Civil Veterinary Department Bengal reports 1933-51 - 1933-1951
Year: 1933
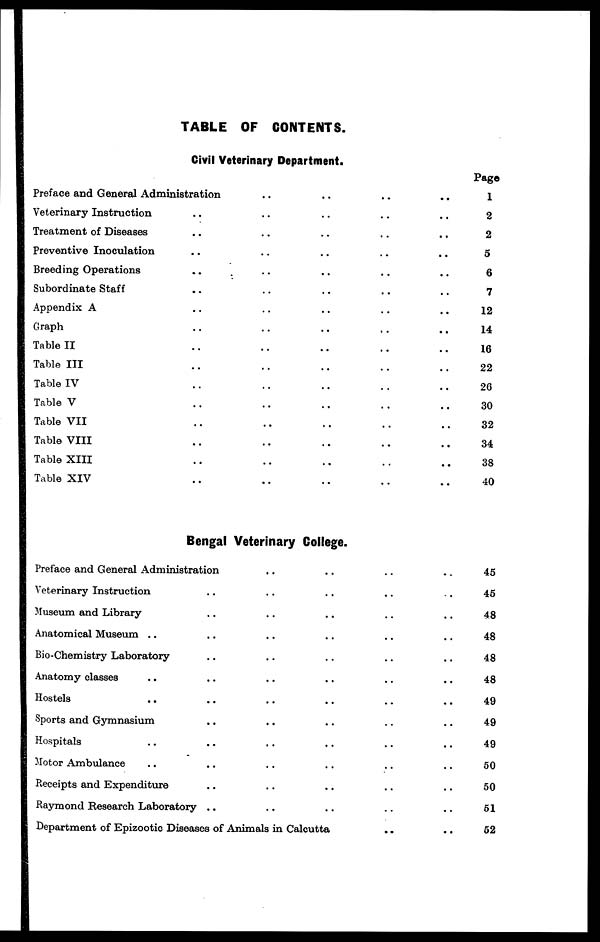
TABLE OF CONTENTS.
Civil Veterinary Department.
Preface and General Administration
..
..
..
..
Veterinary Instruction .. .. .. .. ..
Treatment of Diseases .. .. .. .. ..
Preventive Inoculation .. .. .. .. ..
Breeding Operations .. .. .. .. ..
Subordinate Staff .. .. .. .. ..
Appendix A .. .. .. .. ..
Graph .. .. .. .. ..
Table II .. .. .. .. ..
Table III .. .. .. .. ..
Table IV .. .. .. .. ..
Table V .. .. .. .. ..
Table VII .. .. .. .. ..
Table VIII .. .. .. .. ..
Table XIII .. .. .. .. ..
Table XIV .. .. .. .. ..
Bengal Veterinary College.
Preface and General Administration .. .. .. ..
Veterinary Instruction .. .. .. .. ..
Museum and Library .. .. .. .. ..
Anatomical Museum .. .. .. .. .. ..
Bio-Chemistry Laboratory .. .. .. .. ..
Anatomy classes .. .. .. .. .. ..
Hostels .. .. .. .. .. ..
Sports and Gymnasium .. .. .. .. ..
Hospitals .. .. .. .. .. ..
Motor Ambulance .. .. .. .. .. ..
Receipts and Expenditure .. .. .. .. ..
Raymond Research Laboratory .. .. .. .. ..
Department of Epizootic Diseases of Animals in Calcutta .. ..
Page
1
2
2
5
6
7
12
14
16
22
26
30
32
34
38
40
45
45
48
48
48
48
49
49
49
50
50
51
52